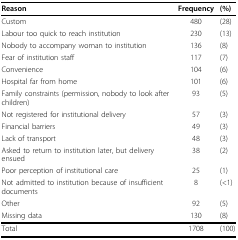
| Reason | Frequency | (%) |
 | --- | --- | --- |
 | Custom | 480 | (28) |
 | Labour too quick to reach institution | 230 | (13) |
 | Nobody to accompany woman to institution | 136 | (8) |
 | Fear of institution staff | 117 | (7) |
 | Convenience | 104 | (6) |
 | Hospital far from home | 101 | (6) |
 | Family constraints (permission, nobody to look after children) | 93 | (5) |
 | Not registered for institutional delivery | 57 | (3) |
 | Financial barriers | 49 | (3) |
 | Lack of transport | 48 | (3) |
 | Asked to return to institution later, but delivery ensued | 38 | (2) |
 | Poor perception of institutional care | 25 | (1) |
 | Not admitted to institution because of insufficient documents | 8 | (<1) |
 | Other | 92 | (5) |
 | Missing data | 130 | (8) |
 | Total | 1708 | (100) |